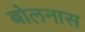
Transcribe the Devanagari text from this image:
बोलनास